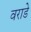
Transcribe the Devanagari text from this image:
वराडे